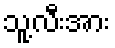
သူ့လီးအား